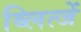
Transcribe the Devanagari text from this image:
ब्लित्जें